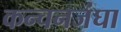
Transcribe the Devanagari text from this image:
कन्चनजंघा